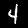
Label: 4